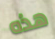
هذه